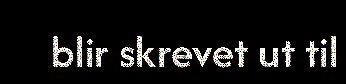
blir skrevet ut til